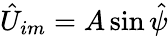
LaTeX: \hat{U}_{im}=A\sin\hat{\psi}